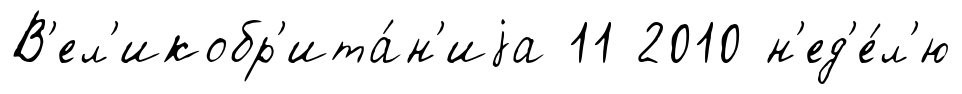
В'ел'икобр'ита́н'иjа 11 2010 н'ед'е́л'ю